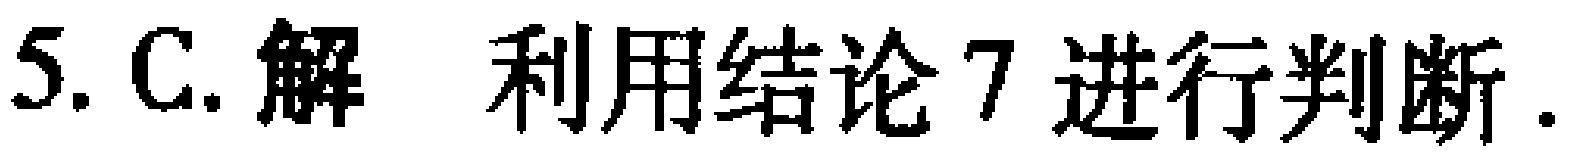
5. C. 解 利用结论7进行判断.